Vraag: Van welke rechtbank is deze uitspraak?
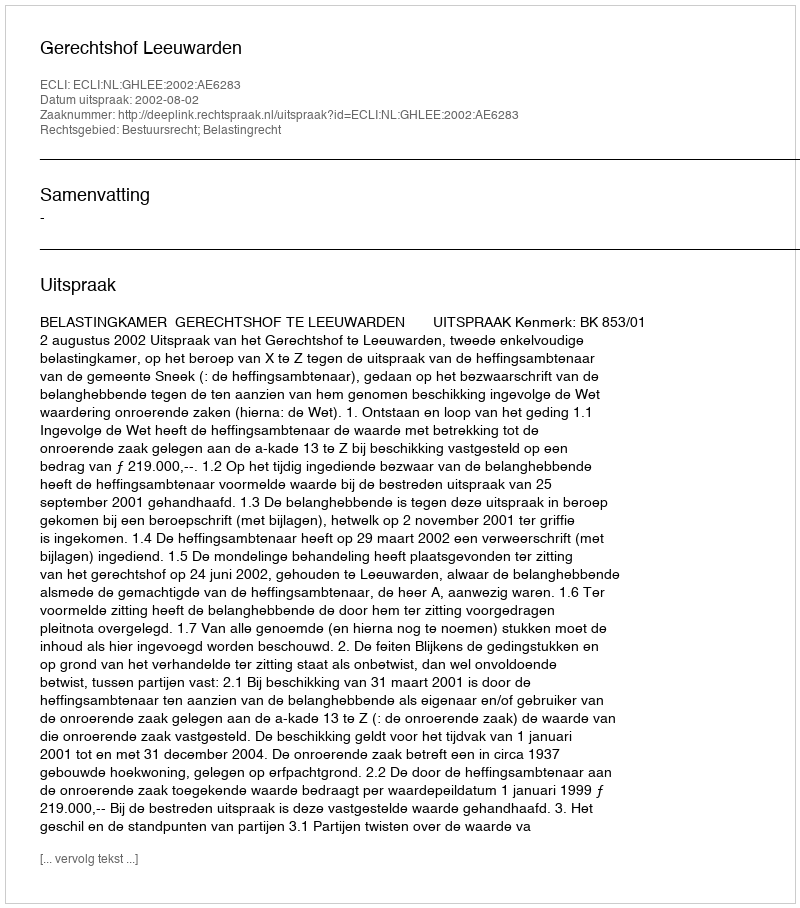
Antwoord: Gerechtshof Leeuwarden